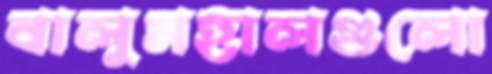
বালুমহালগুলো